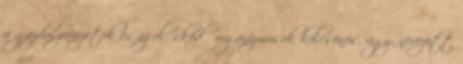
a gazdaszervezetek és az élősködő organizmusok kölcsönös, úgy- nevezett